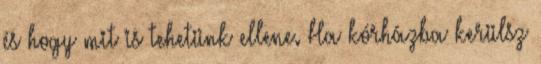
és hogy mit is tehetünk ellene. Ha kórházba kerülsz